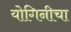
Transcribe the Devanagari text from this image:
योगिनीचा